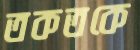
তকতকে